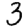
Digit: 3